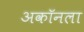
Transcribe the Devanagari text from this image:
अकॉनला